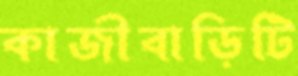
কাজীবাড়িটি